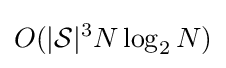
O(|{\mathcal {S}}|^{3}N\log _{2}N)